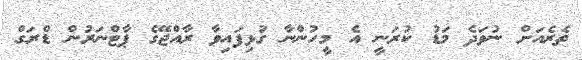
ތެރެއަށް ނުވަދެ މަޑު ކުރަނީ އެ މީހުންނާ ގުޅިފައިވާ ރާއްޖޭގެ ޕާޓްނަރުން ޑްރަގް